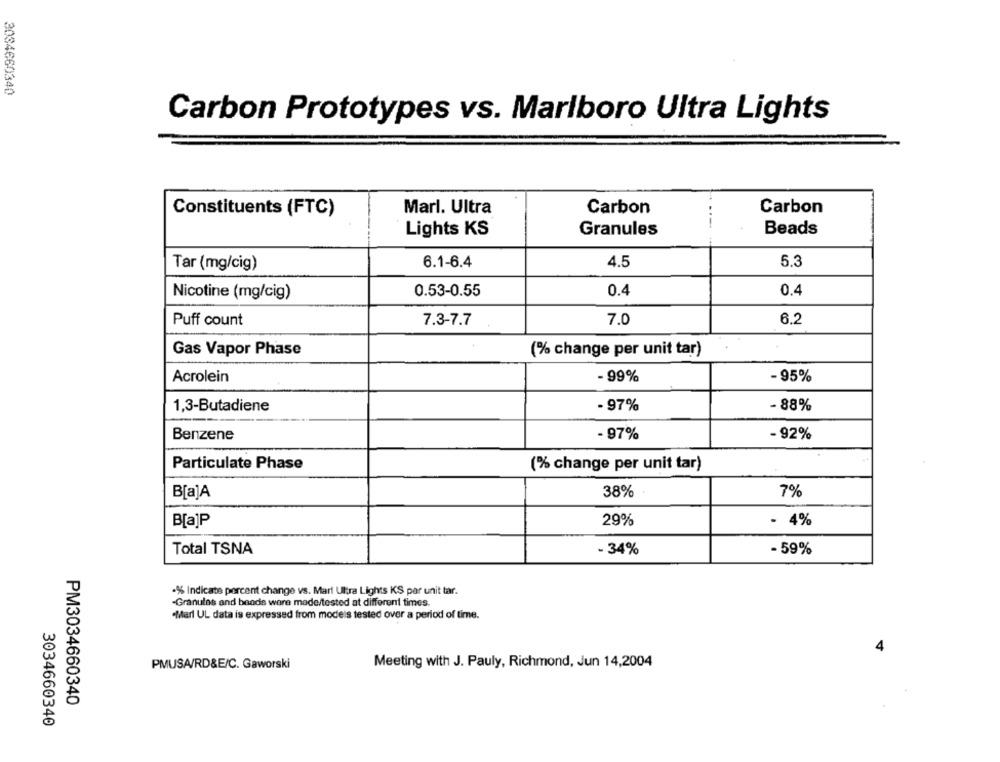
3034660340
Carbon Prototypes vs. Marlboro Ultra Lights
Constituents (FTC)
Marl. Ultra
Carbon
Carbon
Lights KS
Granules
Beads
Tar (mg/cig)
6.1-6.4
4.5
5.3
Nicotine (mg/cig)
0.53-0.55
0.4
0.4
Puff count
7.3-7.7
7.0
6.2
Gas Vapor Phase
(% change per unit tar)
Acrolein
- 99%
- 95%
1,3-Butadiene
- 97%
- 88%
Benzene
- 97%
- 92%
Particulate Phase
(% change per unit tar)
B[a]A
38%
7%
B[a]P
29%
- 4%
Total TSNA
- 34%
- 59%
·% Indicate percent change vs. Mari Ultra Lights KS per unit tar.
Granulos and beads were made/tested at different times.
·Marl UL data is expressed from models tested over a period of time.
4
PMUSA/RD&E/C. Gaworski
Meeting with J. Pauly, Richmond, Jun 14,2004
PM3034660340
3034660340